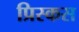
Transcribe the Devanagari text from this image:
प्रिस्कस